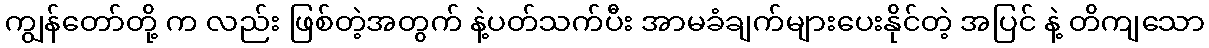
ကျွန်တော်တို့ က လည်း ဖြစ်တဲ့အတွက် နဲ့ပတ်သက်ပီး အာမခံချက်များပေးနိုင်တဲ့ အပြင် နဲ့ တိကျသော